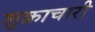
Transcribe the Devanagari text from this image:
शुक्राचारी